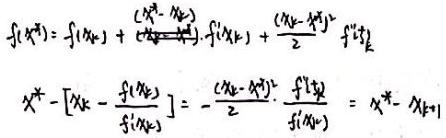
\[
\begin{align*}
f(x_{k}^{*})&=f(x_{k})+\frac{(x_{k}^{*}-x_{k})}{1!}f'(x_{k})+\frac{(x_{k}-x_{k}^{*})^{2}}{2}f''(\xi_{k})\\
x_{k}^{*}-\left[x_{k}-\frac{f(x_{k})}{f'(x_{k})}\right]&=-\frac{(x_{k}-x_{k}^{*})^{2}}{2}\cdot\frac{f''(\xi_{k})}{f'(x_{k})}=x_{k}^{*}-x_{k+1}
\end{align*}
\]